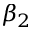
\beta _ { 2 }